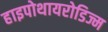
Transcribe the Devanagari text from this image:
हाइपोथायरोडिज्म